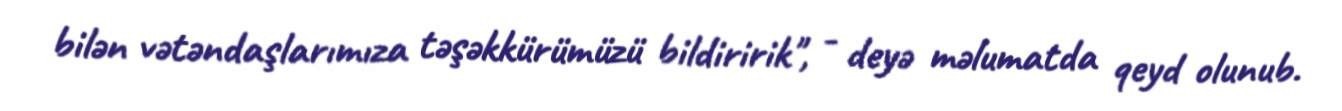
bilən vətəndaşlarımıza təşəkkürümüzü bildiririk", - deyə məlumatda qeyd olunub.